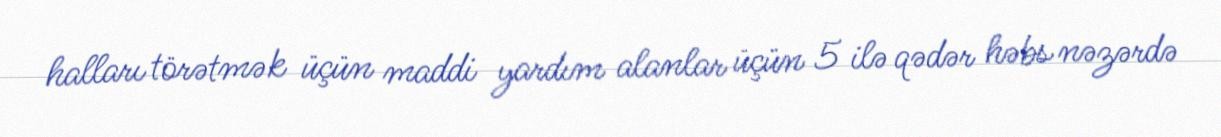
halları törətmək üçün maddi yardım alanlar üçün 5 ilə qədər həbs nəzərdə